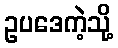
ဥပဒေကဲ့သို့